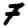
Digit: 7